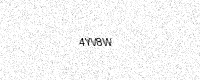
Text: 4YV8W